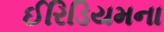
ઈરિડિયમના